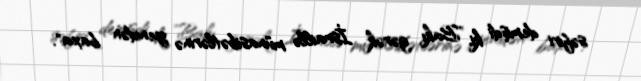
səfiri demişdi ki, ”Bakı gərək İsraillə münasibətlərinə yenidən baxa".